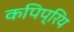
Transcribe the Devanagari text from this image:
कपिप्रिय